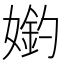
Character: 𡠶